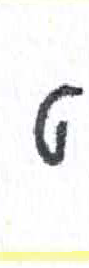
אות: ט